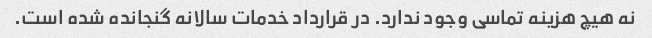
نه هیچ هزینه تماسی وجود ندارد. در قرارداد خدمات سالانه گنجانده شده است.